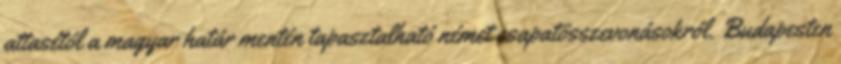
attasétól a magyar határ mentén tapasztalható német csapatösszevonásokról. Budapesten